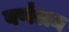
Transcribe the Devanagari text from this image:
वर्णश्रम